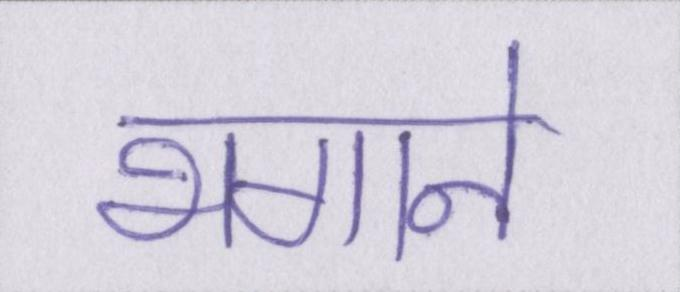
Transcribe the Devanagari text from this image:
भगाने